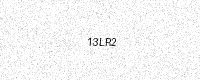
Text: 13LR2